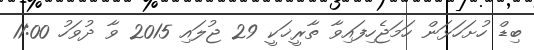
ބިޑް ހުށަހަޅަން ހަމަޖެހިފައިވާ ތާރީޚަކީ 29 ޖުލައި 2015 ވާ ދުވަހު 11:00